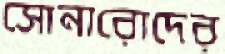
সোনারোদের